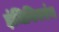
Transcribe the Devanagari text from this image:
इंजिनियरंग